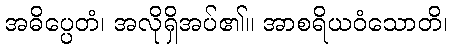
အဓိပ္ပေတံ၊ အလိုရှိအပ်၏။ အာစရိယဝံသောတိ၊